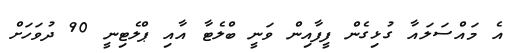
އެ މައްސަލައާ ގުޅިގެން ފީފާއިން ވަނީ ބްލެޓާ އާއި ޕްލެޓިނީ 90 ދުވަހަށް